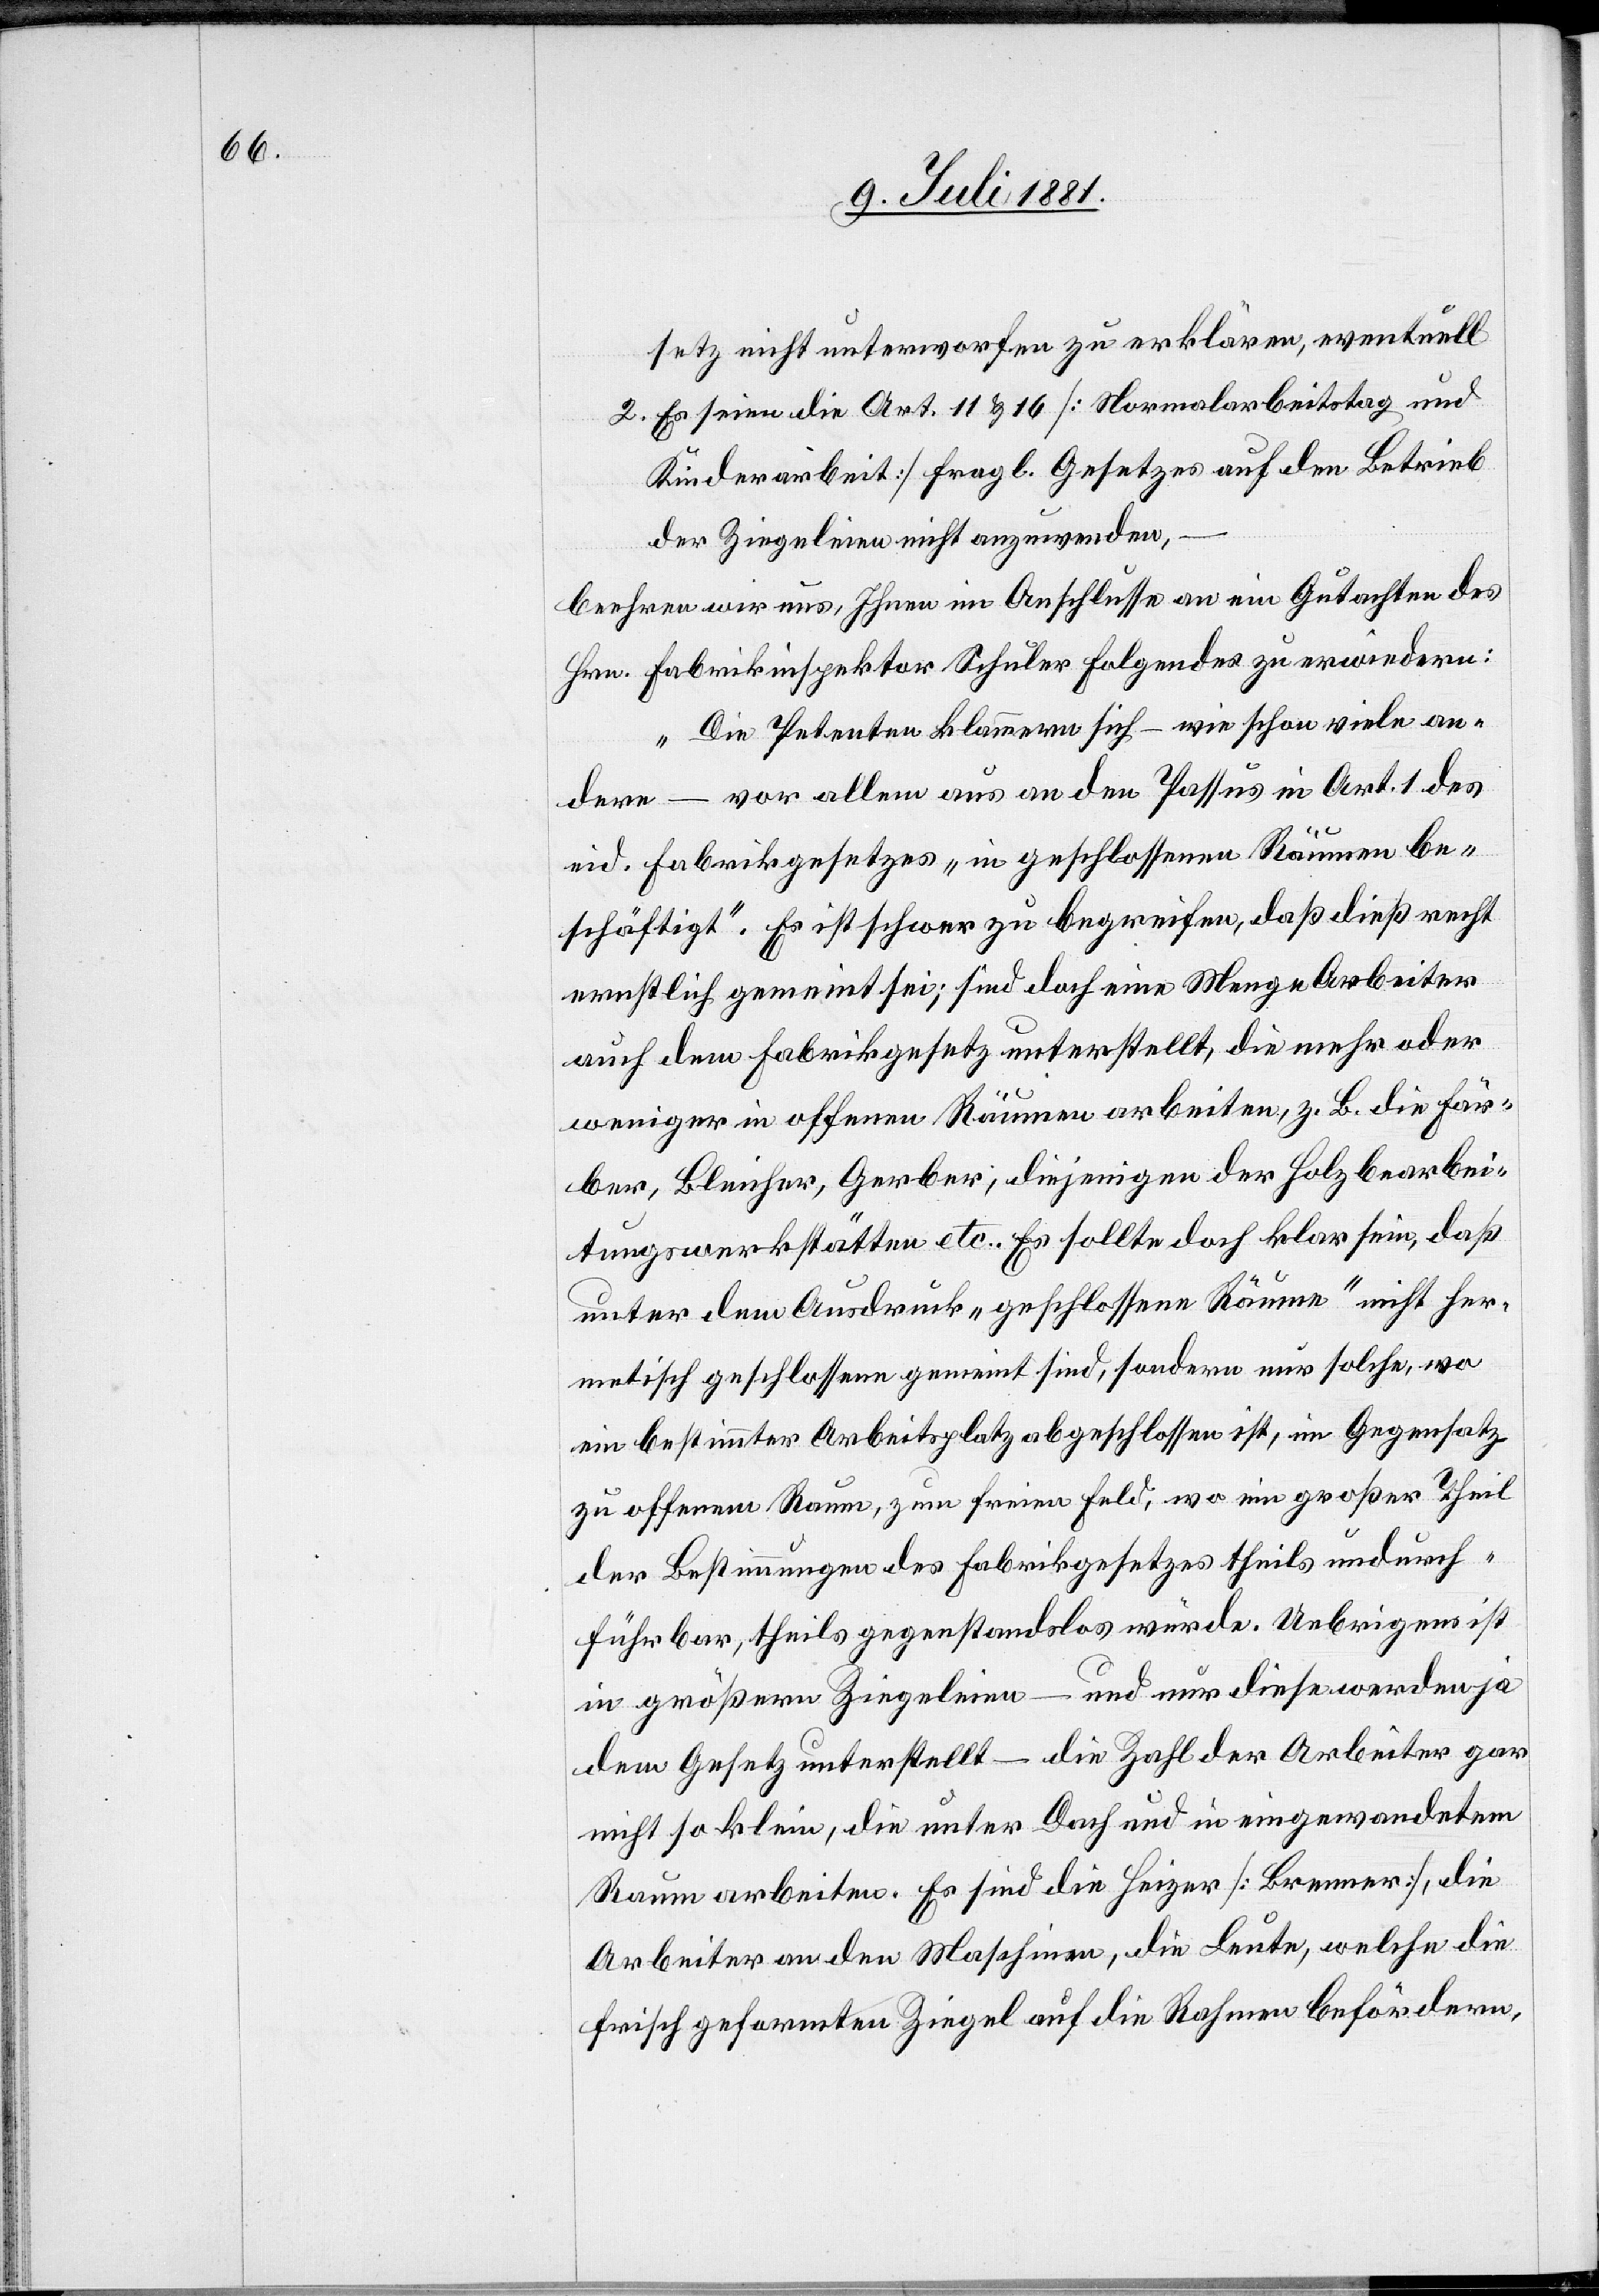
setz nicht unterworfen zu erklären, eventuell
2. Es seien die Art. 11 & 16 [Normalarbeitstag und
Kinderarbeit] fragl. Gesetzes auf den Betrieb
der Ziegleien nicht anzuwenden,
beehren wir uns, Ihnen im Anschlusse an ein Gutachten des
Hrn. Fabrikinspektor Schuler Folgendes zu erwiedern:
„Die Petenten klammern sich – wie schon viele an¬
dere – vor allem aus an den Passus in Art. 1 des
eid. Fabrikgesetzes „in geschlossenen Räumen be¬
schäftigt“. Es ist schwer zu begreifen, daß dieß recht
ernstlich gemeint sei; sind doch eine Menge Arbeiter
auch dem Fabrikgesetz unterstellt, die mehr oder
weniger in offenen Räumen arbeiten, z. B. die Fär¬
ber, Bleicher, Gerber, diejenigen der Holzbearbei¬
tungswerkstätten etc. Es sollte doch klar sein, daß
unter dem Ausdruck „geschlossene Räume“ nicht her¬
metisch geschlossene gemeint sind, sondern nur solche, wo
ein bestimmter Arbeitsplatz abgeschlossen ist, im Gegensatz
zu offenem Raum, zum freien Feld, wo ein großer Theil
der Bestimmungen des Fabrikgesetzes theils undurch¬
führbar, theils gegenstandslos würde. Uebrigens ist
in größern Ziegeleien – und nur diese werden ja
dem Gesetz unterstellt – die Zahl der Arbeiter gar
nicht so klein, die unter Dach und in eingewandetem
Raum arbeiten. Es sind die Heizer [Brenner], die
Arbeiter an den Maschinen, die Leute, welche die
frisch geformten Ziegel auf die Rahmen befördern,